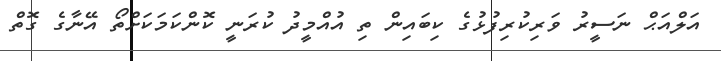
އަލްއަޙް ނަސީރު ވަރިކުރިފުޅުގެ ކިބައިން ތި އުއްމީދު ކުރަނީ ކޮންކަމަކަށްތޯ އޭނާގެ ގޮތް